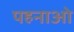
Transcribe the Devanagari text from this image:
पहनाओ